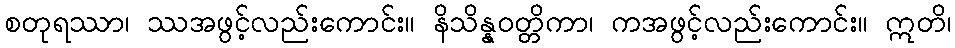
စတုရဿာ၊ ဿအဖွင့်လည်းကောင်း။ နိသိန္နဝတ္တိကာ၊ ကအဖွင့်လည်းကောင်း။ ဣတိ၊